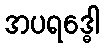
အပရဒ္ဓေါ